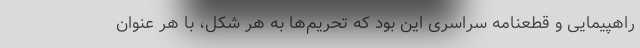
راهپیمایی و قطعنامه سراسری این بود که تحریم‌ها به هر شکل، با هر عنوان